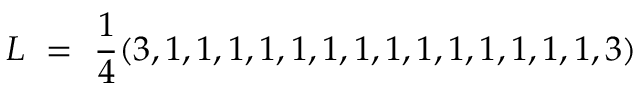
L \ = \ { \frac { 1 } { 4 } } ( 3 , 1 , 1 , 1 , 1 , 1 , 1 , 1 , 1 , 1 , 1 , 1 , 1 , 1 , 1 , 3 )